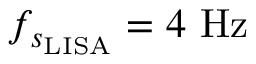
f _ { s _ { \mathrm { { L I S A } } } } = 4 ~ \mathrm { { H z } }